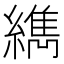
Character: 𦆈